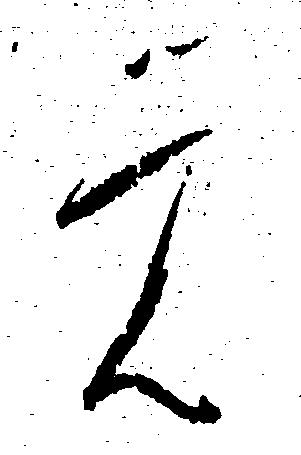
覚